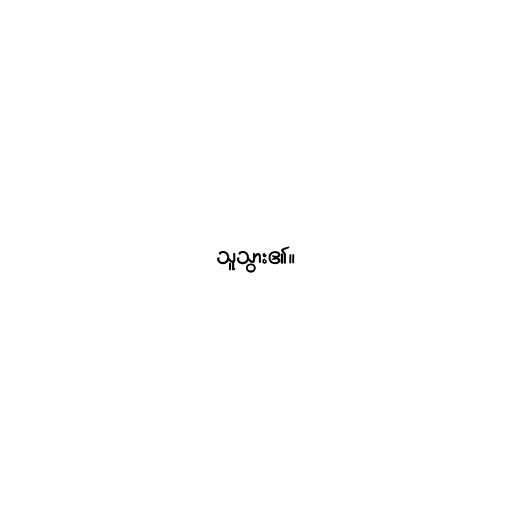
သူသွား၏။